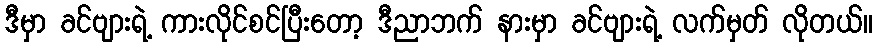
ဒီမှာ ခင်ဗျားရဲ့ ကားလိုင်စင်ပြီးတော့ ဒီညာဘက် နားမှာ ခင်ဗျားရဲ့ လက်မှတ် လိုတယ်။